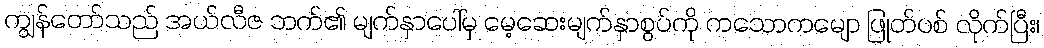
ကျွန်တော်သည် အယ်လီဇ ဘက်၏ မျက်နှာပေါ်မှ မေ့ဆေးမျက်နှာစွပ်ကို ကသောကမျော ဖြုတ်ပစ် လိုက်ပြီး၊